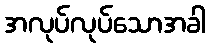
အလုပ်လုပ်သောအခါ